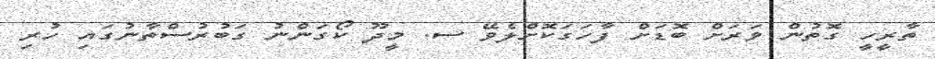
ތާރީހީ ގޮތުން ވަރަށް ބޮޑަށް ފާހަގަކޮށްލެވޭ ސ. މީދޫ ކޯގަންނު ގަބުރުސްތާނުގައި ހުރި